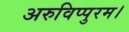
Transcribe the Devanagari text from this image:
अरुविप्पुरम।